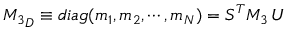
{ { \cal M } _ { 3 } } _ { D } \equiv d i a g ( m _ { 1 } , m _ { 2 } , \cdots , m _ { N } ) = S ^ { T } { { \cal M } _ { 3 } } \, U